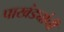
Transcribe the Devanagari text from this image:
पाखंड्यांची